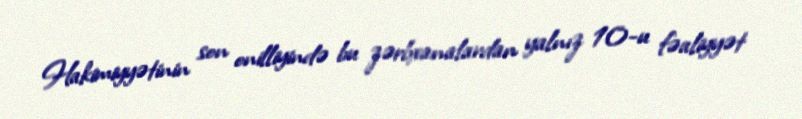
Hakimiyyətinin son onilliyində bu zərbxanalardan yalnız 10-u fəaliyyət